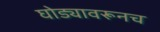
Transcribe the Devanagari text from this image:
घोड्यावरूनच